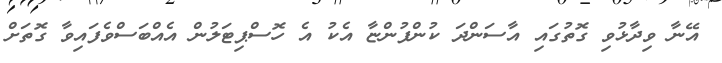
އޭނާ ވިދާޅުވި ގޮތުގައި އާސަންދަ ކުންފުންޏާ އެކު އެ ހޮސްޕިޓަލުން އެއްބަސްވެފައިވާ ގޮތަށް